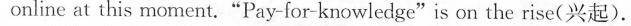
online at this moment. "Pay-for-knowledge"is on the rise(兴起).